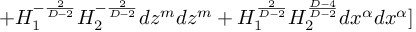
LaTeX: + H _ { 1 } ^ { - \frac { 2 } { D - 2 } } H _ { 2 } ^ { - \frac { 2 } { D - 2 } } d z ^ { m } d z ^ { m } + H _ { 1 } ^ { \frac { 2 } { D - 2 } } H _ { 2 } ^ { \frac { D - 4 } { D - 2 } } d x ^ { \alpha } d x ^ { \alpha } ]